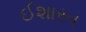
ઈશારત